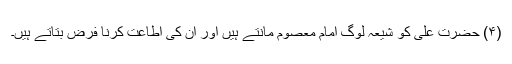
(۴) حضرت علی کو شیعہ لوگ امام معصوم مانتے ہیں اور ان کی اطاعت کرنا فرض بتاتے ہیں۔